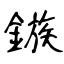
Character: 鏃